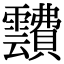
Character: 靅